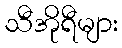
သီအိုရီများ